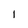
Character: 1